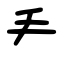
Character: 龵